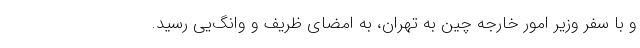
و با سفر وزیر امور خارجه چین به تهران، به امضای ظریف و وانگ‌یی رسید.